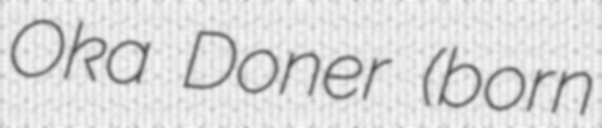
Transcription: Oka Doner (born